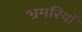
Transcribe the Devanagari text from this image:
भ्रमरियों